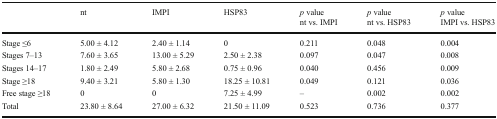
<table><thead><tr><td></td><td><b>nt</b></td><td><b>IMPI</b></td><td><b>HSP83</b></td><td><b><i>p</i> valuent vs. IMPI</b></td><td><b><i>p</i> valuent vs. HSP83</b></td><td><b><i>p</i> valueIMPI vs. HSP83</b></td></tr></thead><tbody><tr><td>Stage ≤6</td><td>5.00 ± 4.12</td><td>2.40 ± 1.14</td><td>0</td><td>0.211</td><td>0.048</td><td>0.004</td></tr><tr><td>Stages 7–13</td><td>7.60 ± 3.65</td><td>13.00 ± 5.29</td><td>2.50 ± 2.38</td><td>0.097</td><td>0.047</td><td>0.008</td></tr><tr><td>Stages 14–17</td><td>1.80 ± 2.49</td><td>5.80 ± 2.68</td><td>0.75 ± 0.96</td><td>0.040</td><td>0.456</td><td>0.009</td></tr><tr><td>Stage ≥18</td><td>9.40 ± 3.21</td><td>5.80 ± 1.30</td><td>18.25 ± 10.81</td><td>0.049</td><td>0.121</td><td>0.036</td></tr><tr><td>Free stage ≥18</td><td>0</td><td>0</td><td>7.25 ± 4.99</td><td>–</td><td>0.002</td><td>0.002</td></tr><tr><td>Total</td><td>23.80 ± 8.64</td><td>27.00 ± 6.32</td><td>21.50 ± 11.09</td><td>0.523</td><td>0.736</td><td>0.377</td></tr></tbody></table>